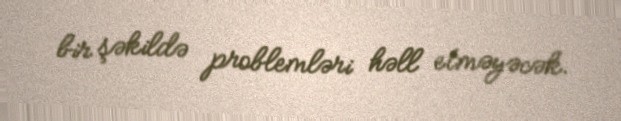
bir şəkildə problemləri həll etməyəcək.